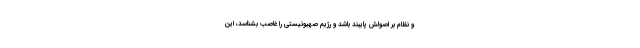
و نظام بر اصولش پایبند باشد و رژیم صهیونیستی را غاصب بشناسد، این